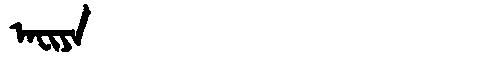
Manchu: ᠠᠸᡳᠶᠠ
Romanization: AFIYA